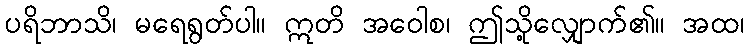
ပရိဘာသိ၊ မရေရွတ်ပါ။ ဣတိ အဝေါစ၊ ဤသို့လျှောက်၏။ အထ၊